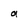
Character: a